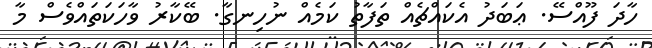
ހާދަ ފޫއްސޭ. ޢަބަދު އެކައްޗެއް ތަފާތު ކަމެއް ނުހިނގާ. ބޭކާރު ވާހަކަތައްވެސް މާ